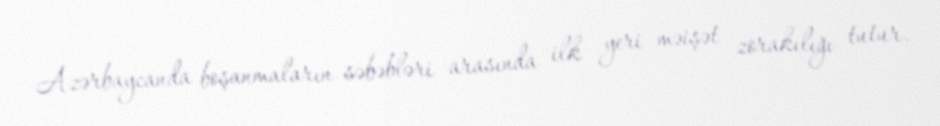
Azərbaycanda boşanmaların səbəbləri arasında ilk yeri məişət zorakılığı tutur.